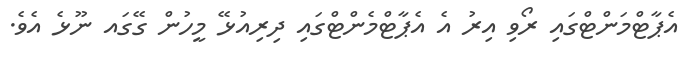
އެޕާޓްމަންޓްގައި ރޯވި އިރު އެ އެޕާޓްމެންޓްގައި ދިރިއުޅޭ މީހުން ގޭގައ ނޫޅެ އެވެ.